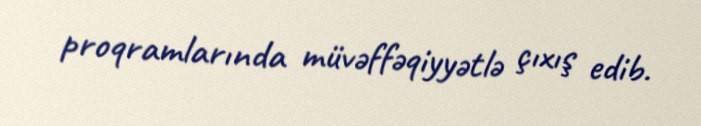
proqramlarında müvəffəqiyyətlə çıxış edib.